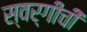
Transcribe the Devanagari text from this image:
स्वर्गीची